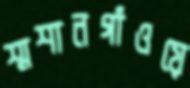
শ্মশানগাঁওয়ে